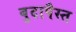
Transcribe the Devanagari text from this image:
बुदापैस्त